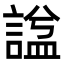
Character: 諡